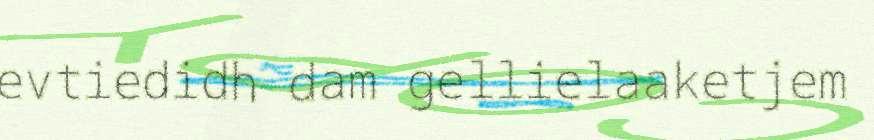
evtiedidh dam gellielaaketjem